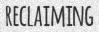
RECLAIMING